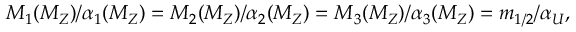
M _ { 1 } ( M _ { Z } ) / \alpha _ { 1 } ( M _ { Z } ) = M _ { 2 } ( M _ { Z } ) / \alpha _ { 2 } ( M _ { Z } ) = M _ { 3 } ( M _ { Z } ) / \alpha _ { 3 } ( M _ { Z } ) = m _ { 1 / 2 } / \alpha _ { U } ,